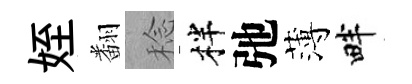
姪翻稔柈弛薄畔